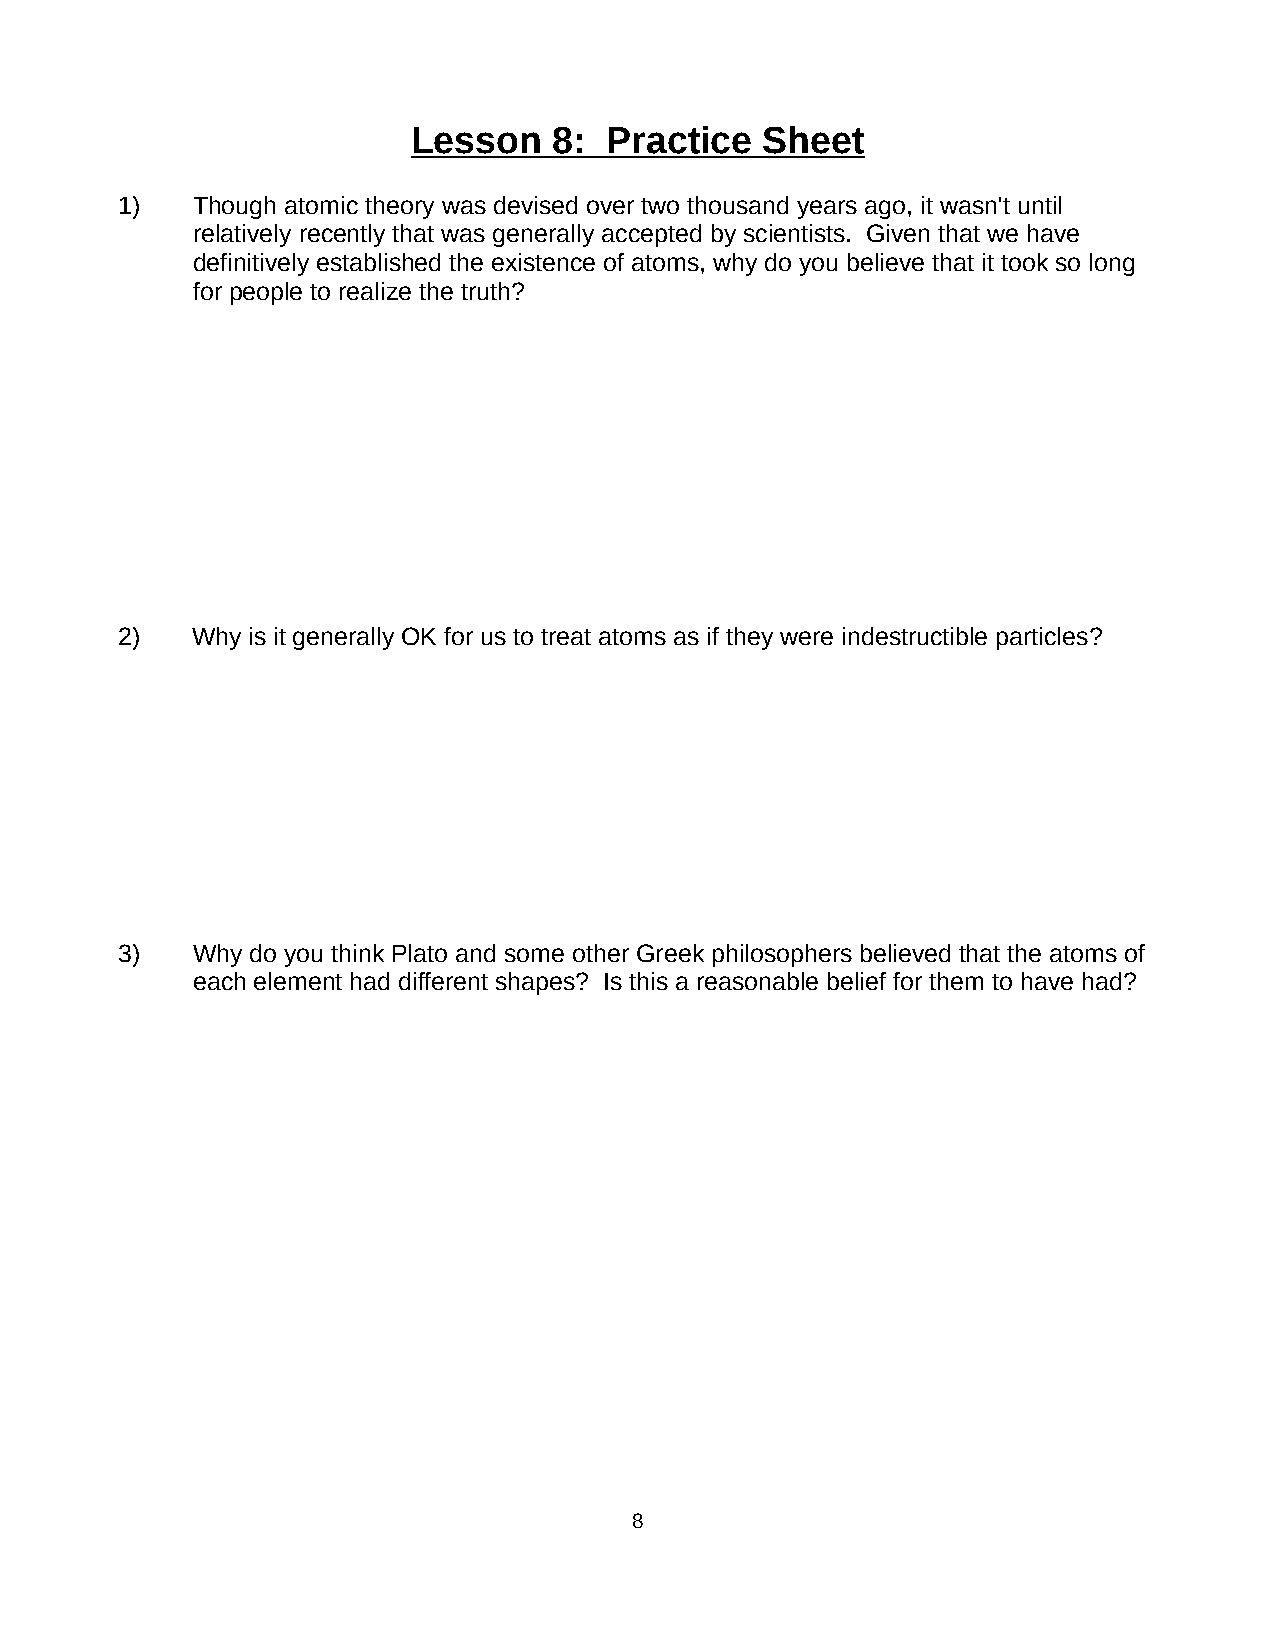
Lesson    8: Practice  Sheet
 1)   Though atomic theory was devised over two thousand years ago, it wasn't until
 relatively recently that was generally accepted by scientists. Given that we have
 definitively established the existence of atoms, why do you believe that it took so long
 for people to realize the truth?
 2)   Why is it generally OK for us to treat atoms as if they were indestructible particles?
 3)   Why do you think Plato and some other Greek philosophers believed that the atoms of
 each element had different shapes? Is this a reasonable belief for them to have had?
 8